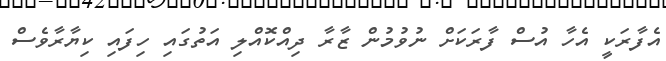
އެފާރަކީ އެހާ އުސް ފާރަކަށް ނުވުމުން ޒާރާ ދިއްކޮއްލި އަތުގައި ހިފައި ކިޔާރާވެސް